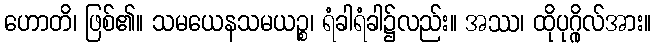
ဟောတိ၊ ဖြစ်၏။ သမယေနသမယဉ္စ၊ ရံခါရံခါ၌လည်း။ အဿ၊ ထိုပုဂ္ဂိုလ်အား။